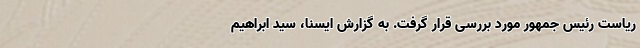
ریاست رئیس جمهور مورد بررسی قرار گرفت. به گزارش ایسنا، سید ابراهیم